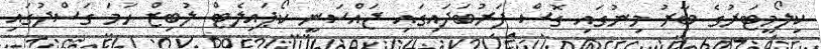
ކިލޯމީޓަރުގެ ބާރު މިނުގައި ގޮސް ފަރުބަދައިގައި ޖައްސަނީ ކޯޕައިލެޓް ލުބިޒް ހަމަ ގަސްދުގައި